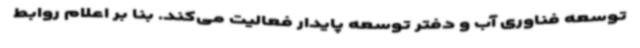
توسعه فناوری آب و دفتر توسعه پایدار فعالیت می‌کند. بنا بر اعلام روابط